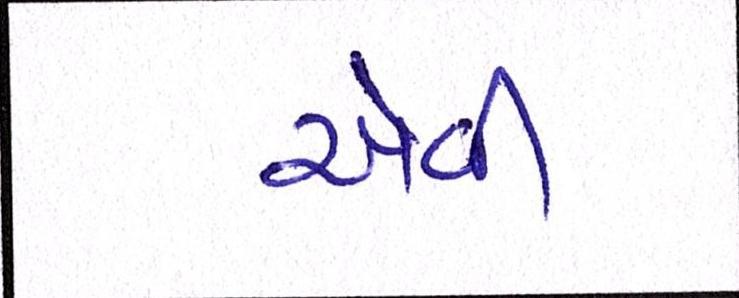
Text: એવી